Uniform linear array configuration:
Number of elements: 16
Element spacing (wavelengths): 0.5
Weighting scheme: blackman
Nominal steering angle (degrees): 30
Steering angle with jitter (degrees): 29.491
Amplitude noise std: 0.05
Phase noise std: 0.05

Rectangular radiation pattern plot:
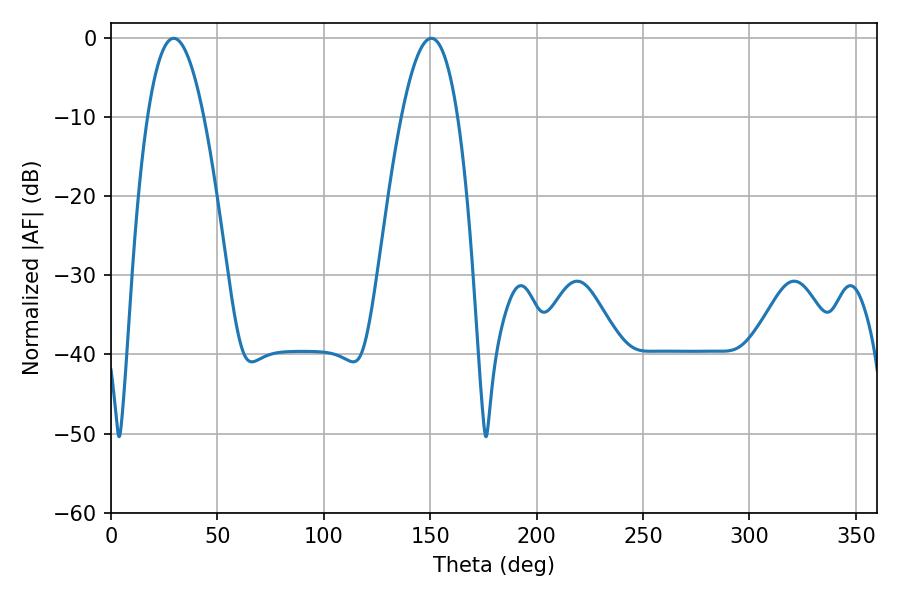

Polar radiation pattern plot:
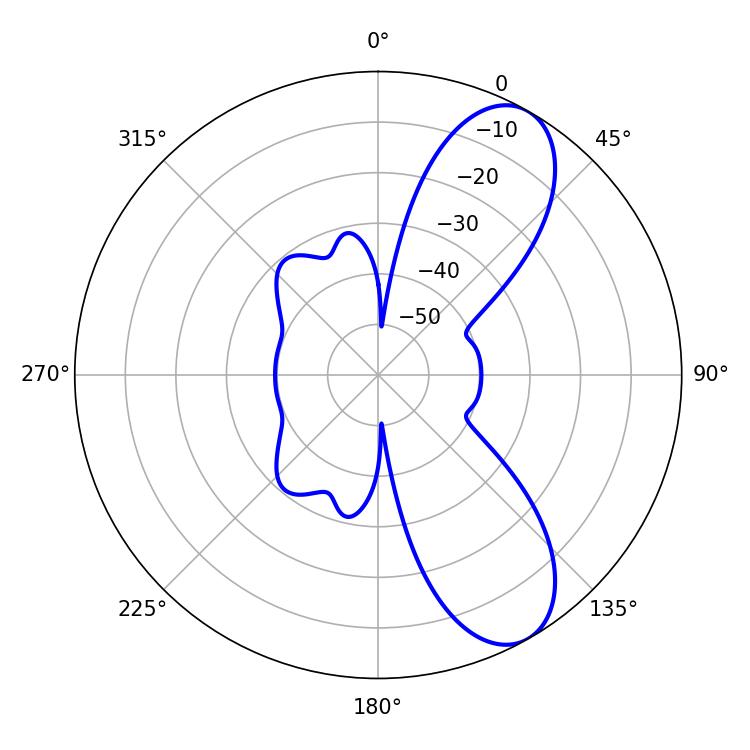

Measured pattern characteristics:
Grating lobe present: FALSE
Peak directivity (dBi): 8.695
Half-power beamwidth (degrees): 14.58
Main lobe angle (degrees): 29.52